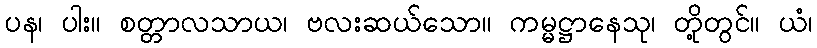
ပန၊ ပါး။ စတ္တာလသာယ၊ ဗလးဆယ်သော။ ကမ္မဋ္ဌာနေသု၊ တို့တွင်။ ယံ၊